Vaccination North-Western Provinces and Oudh 1878-1895 - 1878-1895
Year: 1878
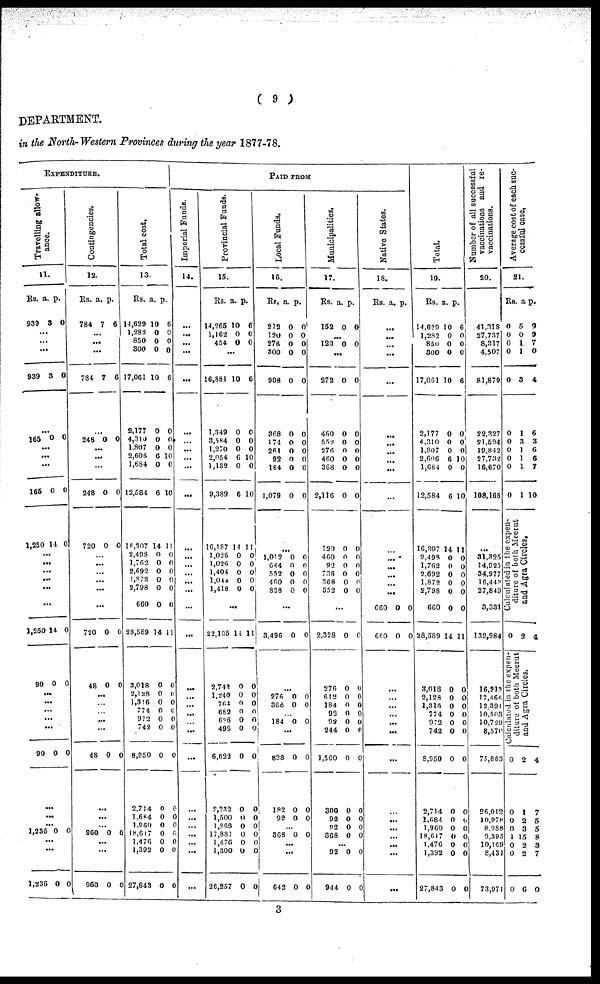
( 9 )
DEPARTMENT.
in the North-Western Provinces during the year 1877-78.
EXPENDITURE.
Travelling allow-
ance.
11.
Rs.
939
...
...
...
939
165
...
...
...
165
1,250
...
...
...
...
...
...
1,250
90
...
...
...
...
...
90
...
...
... 1,236
...
...
1,236
a.
8
3
0
0
14
14
0
0
0
0
p.
0
0
0
0
0
0
0
0
0
0
Contingencies.
12.
Rs.
784
...
...
...
784
...
248
...
...
...
248
720
...
...
...
...
...
...
720
48
...
...
...
...
...
48
...
...
... 960
...
...
960
a.
7
7
0
0
0
0
0
0
0
0
p.
6
6
0
0
0
0
0
0
0
0
Total cost.
13.
Rs.
14,629
1,282
850
300
17,061
2,177
4,310
1,807
2,606
1,684
12,584
16,307
2,408
1,762
2,692
l,872
2,798
6603
28,589
3,018
2,128
1,316
774
972
742
8,950
2,714
1,684
1,960
18,617
1,476
1,392
27,848
a.
10
0
0
0
10
0
0
0
6
0
6
14
0
0
0
0
0
0
14
0
0
0
0
0 0
0
0
0
0
0
0
0
0
p.
6
0
0
0
6
0
0
0
10
0
10
11
0
0
0
0
0
0
11
0
0
0
0
0
0
0
0
0
0
0
0
0
0
PAID FROM
Imperial Funds.
14.
...
...
...
...
...
...
...
...
...
...
...
...
...
...
...
...
...
...
...
...
...
...
...
...
...
...
...
...
...
...
...
...
Provincial Funds.
15.
Rs.
14,265
1,162
454
...
16,881
1,349
3,584
1,270
2,054
1,132
9,389
16 187
1,026
1,026
1,404
1,044
1,418
...
22,105
2,742
1,240
764
682
626
498
6,622
2,232
1,500
1,868
17,881
1,476
1,300
26,257
a.
10
0
0
10
0
0
0
6
0
6
14
0
0
0
0
0
14
0
0
0
0
0
0
0
0
0
0
0
0
0
0
p.
6
0
0
6
0
0
0
10
0
10
11
0
0
0
0
0
11
0
0
0
0
0
0
0
0
0
0
0
0
0
0
Local Funds.
16.
Rs.
272
120
276
300
908
368
174
261
92
184
1,079
...
1,013
044
552
460
828
...
3,496
...
276
368
...
184
...
823
182
92
...
868
...
...
642
a.
0
0
0
0
0
0
0
0
0
0
0
0
0
0
0
0
0
0
0
0
0
0
0
0
0
p.
0
0
0
0
0
0
0
0
0
0
0
0
0
0
0
0
0
0
0
0
0
0
0
0
0
0
0
0
0
Municipalities.
17.
Rs.
152
...
120
...
272
460
552
276
460
368
2,116
120
460
92
736
368
552
...
2,328
276
612
184
92
92
244
1,500
300
92
92
368
...
92
944
a.
0
0
0
0
0
0
0
0
0
0
0
0
0
0
0
0
0
0
0
0
0
0
0
0
0
0
0
2
0
p.
0
0
0
0
0
0
0
0
0
0
0
0
0
0
0
0
0
0
0
0
0
0
0
0
0
0
0
0
0
Native States.
18.
Rs.
...
...
...
...
...
...
...
...
...
...
...
...
...
...
...
...
...
660
660
...
...
...
...
...
...
...
...
...
...
...
...
...
...
a.
0
0
p.
0
0
Total.
19.
Rs.
14,629
1,282
850
300
17,061
2,177
4,310
1,807
2,606
1,684
12,584
16,307
2,493
1,762
2,692
1,872
2,798
660
28,589
3,018
2,128
1,316
774
972
742
8,950
2,714
l,684
1,960
18,617
1,476
1,392
27,843
a.
10
0
0
0
10
0
0
0
6
0
6
14
0
0
0
0
0
0
14
0
0
0
0
0
0
0
0
0
0
0
0
0
0
p.
6
0 0
0
6
0
0
0
10
0
10
11
0
0
0
0
0
0
11
0
0
0
0
0
0
0
0
0
0
0
0
0
0
Number of all successful
vaccinations and re-
vaccinations.
20.
41,318
27,737
8,317
4,507
81,879
22,327
21,594
19,842
27,732
16,670
108,165
...
31,825
14,925
34,977
16,448
27,849
3,331
132,984
16,213
17,466
12,391
10,503
10,720
8,570
75,863
26,012
10,978
8 988
9,398
10,169
8,431
73,971
Average cost of each suc-
cessful case,
21.
Rs.
0
0
0
0
0
0
0
0
0
0
0
a.
5
0
1
1
3
1
3
1
1
1
1
p.
9
9
7
0
4
6
3
6
6
7
10
Calculated in the expen-
diture of both Meerut
and Agra Circles.
0 2 4
Calculated in the expen-
diture
of both Meerut
and Agra Circles.
0
0
0
0
1
0
0
0
2
1
2
2
15
2
2
6
4
7
5
5
8
3
7
0
3